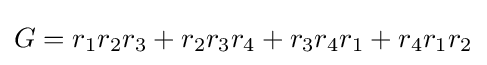
G=r_{1}r_{2}r_{3}+r_{2}r_{3}r_{4}+r_{3}r_{4}r_{1}+r_{4}r_{1}r_{2}